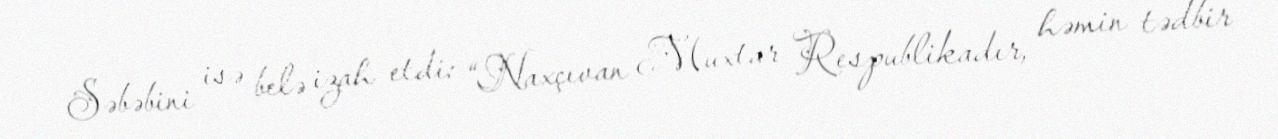
Səbəbini isə belə izah etdi: “Naxçıvan Muxtar Respublikadır, həmin tədbir